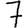
Digit: 7